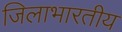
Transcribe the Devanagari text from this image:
जिलाभारतीय